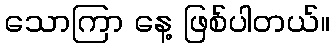
သောကြာ နေ့ ဖြစ်ပါတယ်။